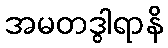
အမတဒွါရာနိ